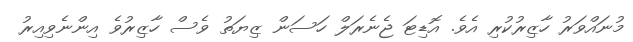
މުނައްވަރު ހާޒިރުކުރި އެވެ. އޮޑިޓަ ޖެނެރަލް ހަސަން ޒިޔަތު ވެސް ހާޒިރުވެ އިންނެވިއިރު